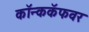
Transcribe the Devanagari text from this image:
कॉन्ककॅफवर